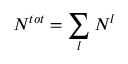
N ^ { t o t } = \sum _ { l } N ^ { l }